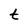
Character: t